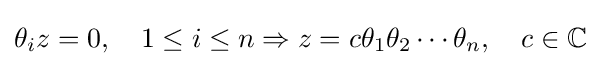
\theta _{i}z=0,\quad 1\leq i\leq n\Rightarrow z=c\theta _{1}\theta _{2}\cdots \theta _{n},\quad c\in \mathbb {C}